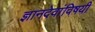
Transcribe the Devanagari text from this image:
ज्ञानदेवांविषयी